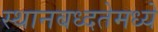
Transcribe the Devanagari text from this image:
स्थानबध्दतेमध्ये